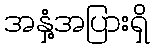
အနှံ့အပြားရှိ